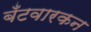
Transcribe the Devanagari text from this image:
बँटवारकन